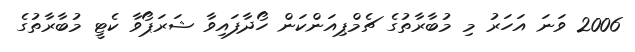
2006 ވަނަ އަހަރު މި މުބާރާތުގެ ޗެމްޕިއަންކަން ހޯދާފައިވާ ޝަރަޕޯވާ ކެޓީ މުބާރާތުގެ